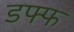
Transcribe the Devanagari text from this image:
डफ्फ